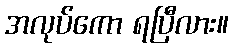
အလုပ်ကော ရပြီလား။